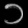
Digit: ၁